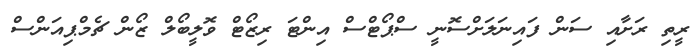
ރީތި ރަށާއި ސަން ފައިނަލަށްސޮނީ ސްޕޯޓްސް އިންޓަ ރިޒޯޓް ވޮލީބޯލް ޒޯން ޗެމްޕިއަންސް